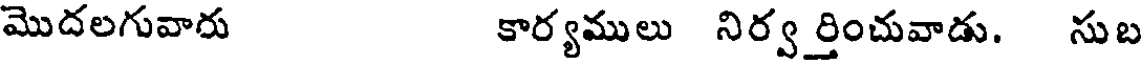
మొదలగువారు కార్యములు నిర్వ ర్రించువాడు. సుబ